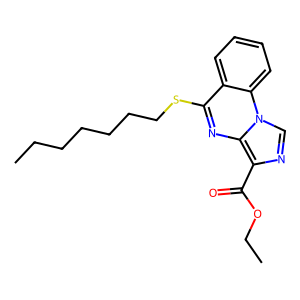
SMILES: CCCCCCCSc1nc2c(C(=O)OCC)ncn2c2ccccc12
Inhibits HIV replication: No